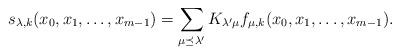
LaTeX: \begin{align*}s_{\lambda,k}(x_0,x_1,\dots,x_{m-1})=\sum_{\mu\preceq\lambda'} K_{\lambda'\mu} f_{\mu,k}(x_0,x_1,\dots,x_{m-1}).\end{align*}